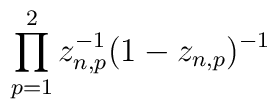
\prod_{p=1}^2z_{n,p}^{-1}(1-z_{n,p})^{-1}